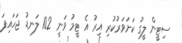
ސިޓީން ލީގު ކަށަވަރުކުރި އިރު އެ ޓީމު ވަނީ 102 ލަނޑު ޖަހައިފަ